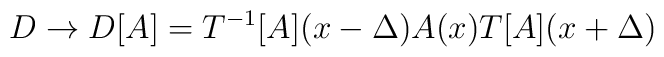
D\rightarrow D[A]=T^{-1}[A](x-\Delta )A(x)T[A](x+\Delta )